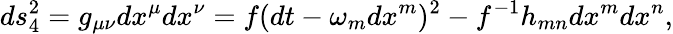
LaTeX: ds_{4}^{2}=g_{\mu\nu}dx^{\mu}dx^{\nu}=f(dt-\omega_{m}dx^{m})^{2}-f^{-1}h_{mn}dx^{m}dx^{n},